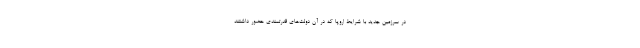
در سرزمین جدید با شرایط اروپا که در آن دولت‌های قدرتمندی حضور داشتند